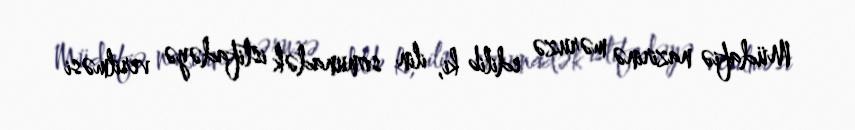
Müdafiə nazirinə məruzə edilib ki, ilin sonunadək istifadəyə verilməsi